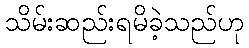
သိမ်းဆည်းရမိခဲ့သည်ဟု